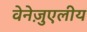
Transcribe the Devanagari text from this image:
वेनेज़ुएलीय